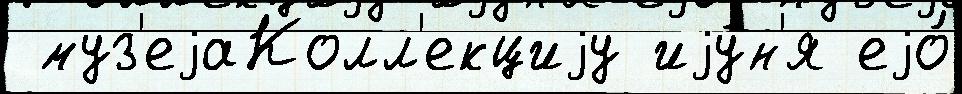
 муз'еjаКолл'екциjу иjу́н'я еjо́